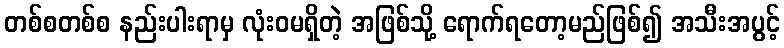
တစ်စတစ်စ နည်းပါးရာမှ လုံးဝမရှိတဲ့ အဖြစ်သို့ ရောက်ရတော့မည်ဖြစ်၍ အသီးအပွင့်